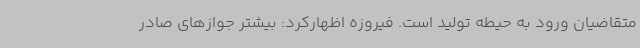
متقاضیان ورود به حیطه تولید است. فیروزه اظهارکرد: بیشتر جوازهای صادر